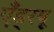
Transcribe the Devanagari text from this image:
एँड्रयू